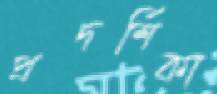
প্রদর্শিকা